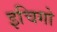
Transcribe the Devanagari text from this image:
इचिगो